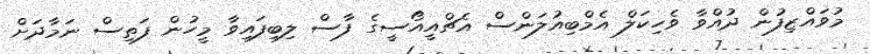
މުވައްޒިފުން ދުއްވާ ވެހިކަލް އެމްބިއުލަންސް އެޗްއީއޯސީގެ ފާސް ލިބިފައިވާ މީހުން ފަތިސް ނަމާދަށް